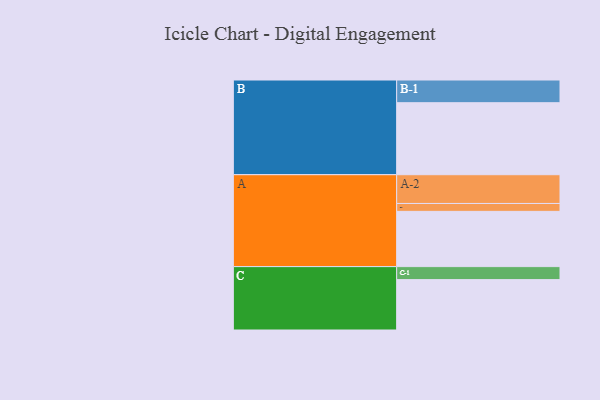
{"axis": {"x": "Segment", "y": "Value"}, "legend": ["", "A", "B", "C"], "data": [{"x": "A", "y": 455, "type": ""}, {"x": "B", "y": 593, "type": ""}, {"x": "C", "y": 415, "type": ""}, {"x": "A-1", "y": 65, "type": "A"}, {"x": "A-2", "y": 237, "type": "A"}, {"x": "B-1", "y": 187, "type": "B"}, {"x": "C-1", "y": 107, "type": "C"}]}